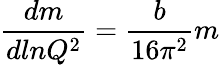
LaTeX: {\frac{dm}{dln{Q^{2}}}}={\frac{b}{16{\pi}^{2}}}m